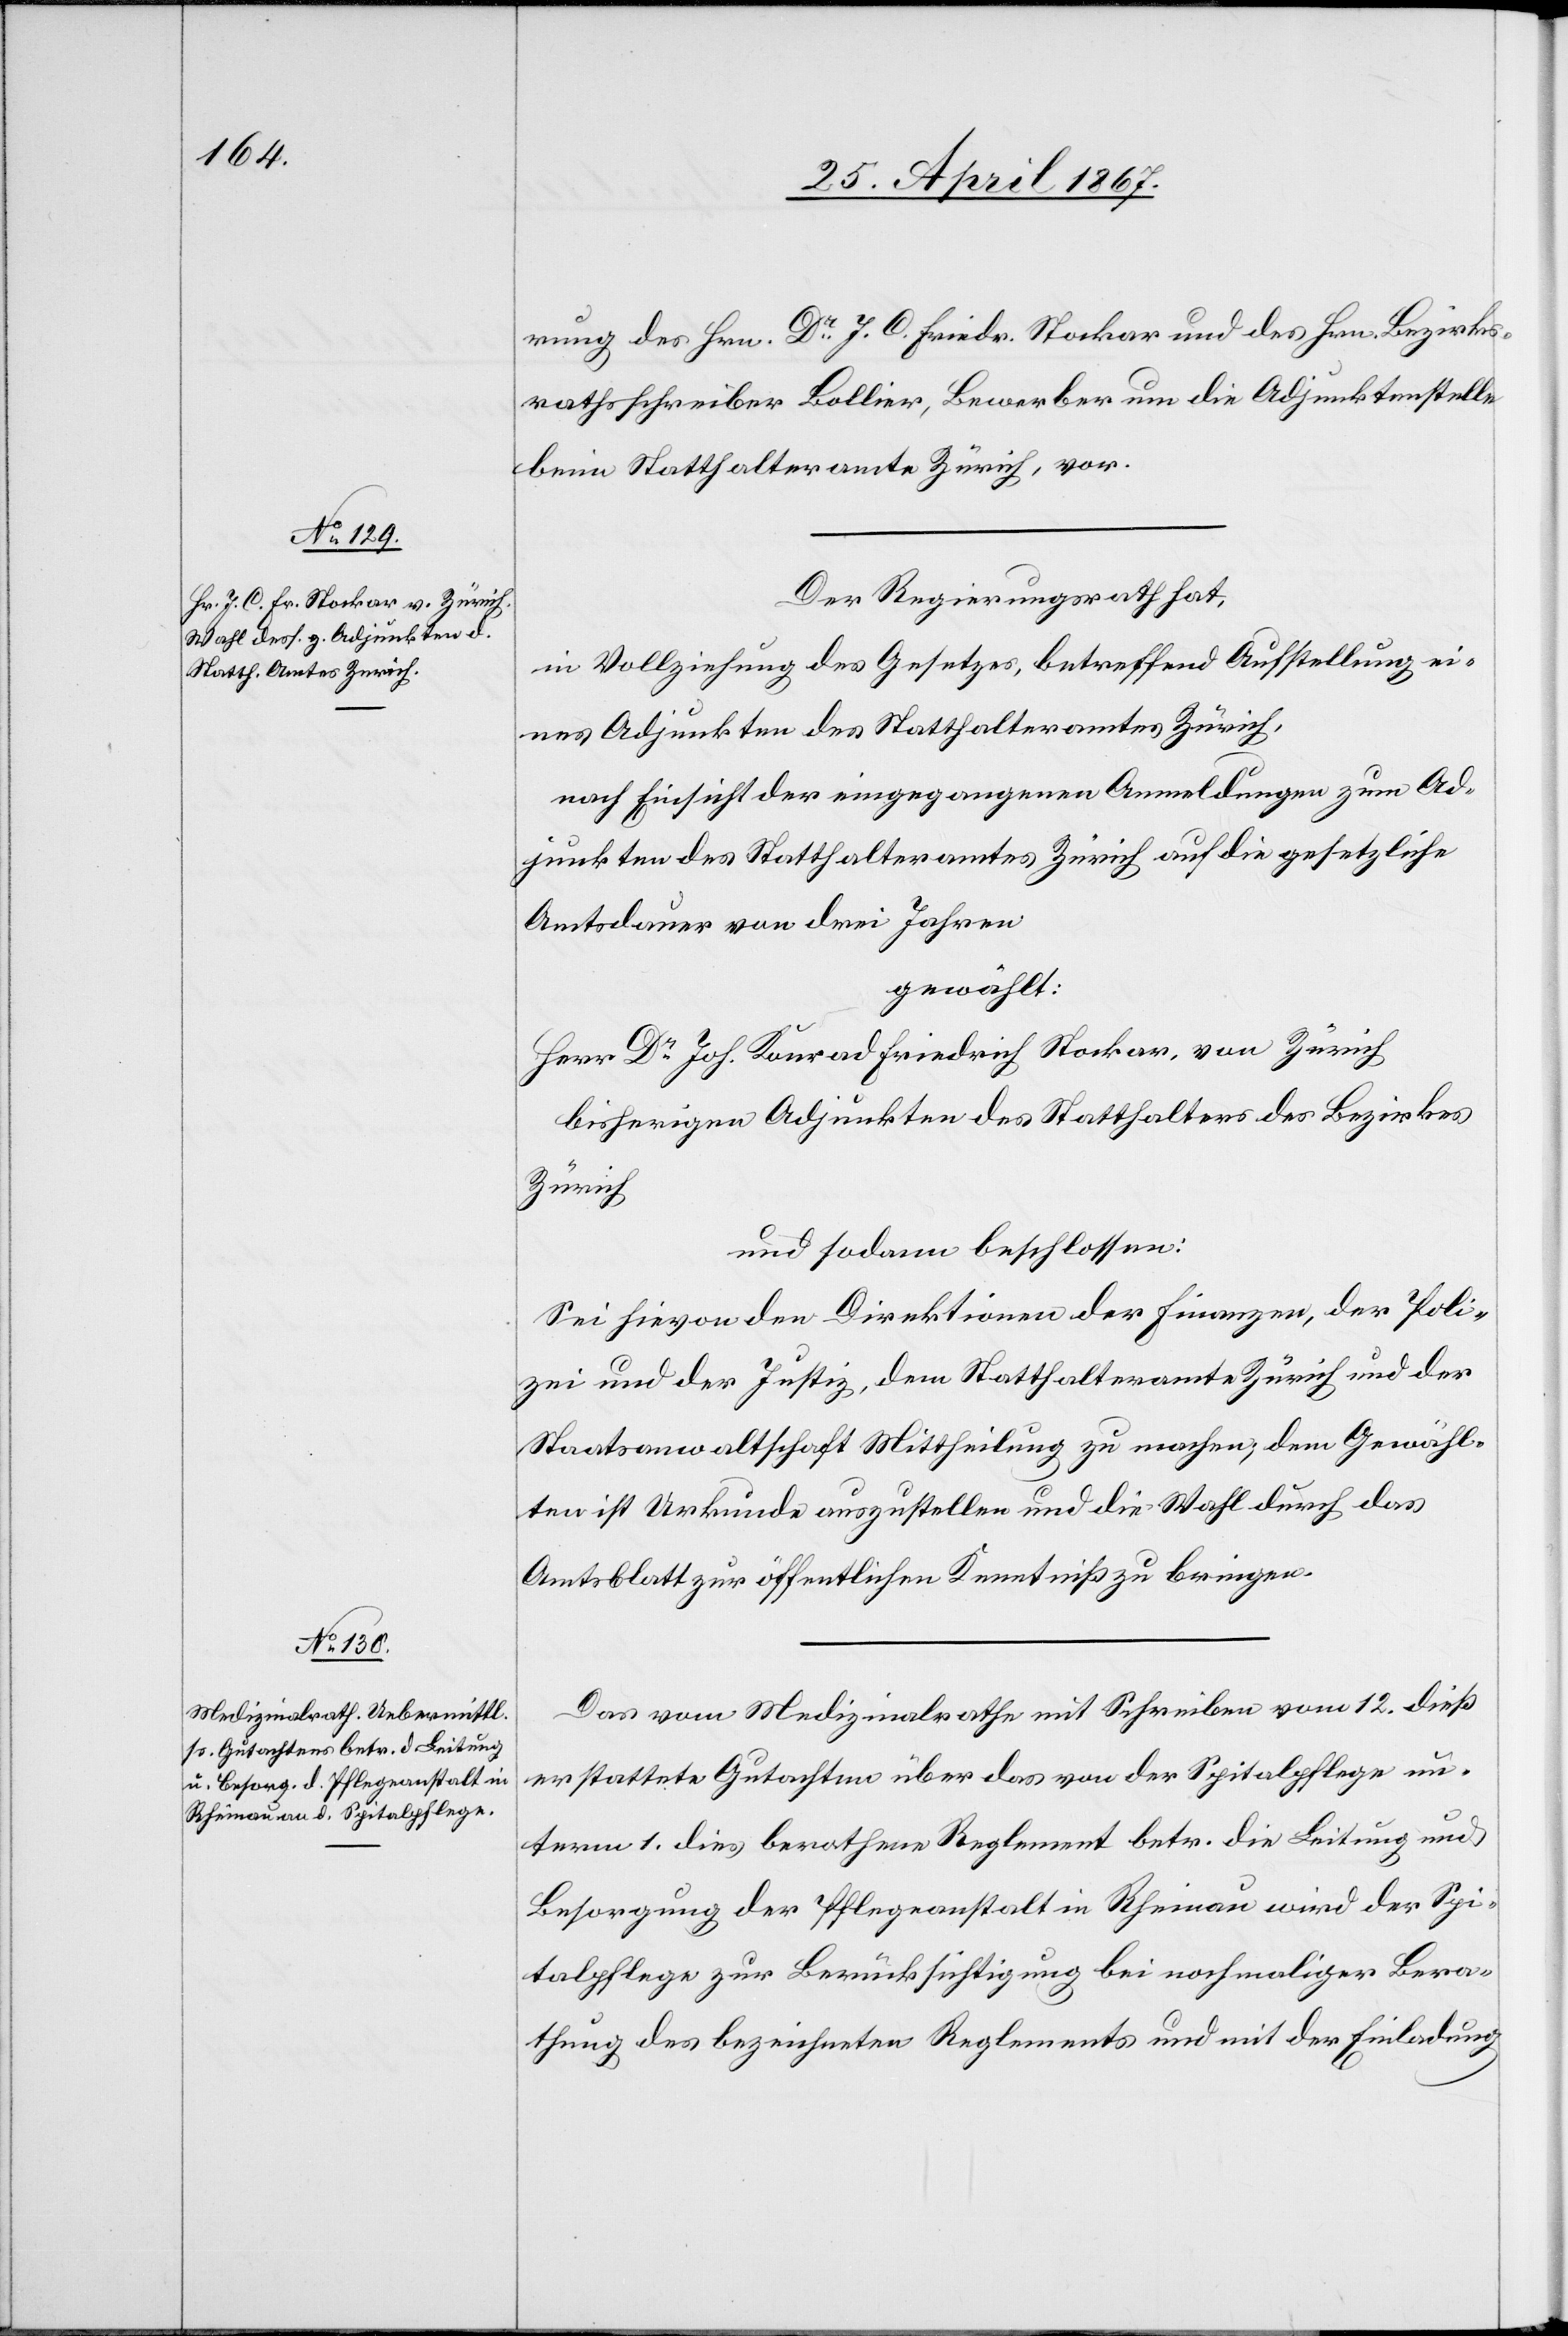
rung des Hrn. Dr. J. C. Friedr. Stockar und des Hrn. Bezirks¬
rathsschreiber Bollier, Bewerber um die Adjunktenstelle
beim Statthalteramt Zürich, vor.
Der Regierungsrath hat,
in Vollziehung des Gesetzes, betreffend Aufstellung ei¬
nes Adjunkten des Statthalteramtes Zürich,
nach Einsicht der eingegangenen Anmeldungen zum Ad¬
junkten des Statthalteramtes Zürich auf die gesetzliche
Amtsdauer von drei Jahren
gewählt:
Herr Dr. Joh. Konrad Friedrich Stockar, von Zürich
bisherigen Adjunkten des Statthalters des Bezirkes
Zürich
und sodann beschlossen:
Sei hievon den Direktionen der Finanzen, der Poli¬
zei und der Justiz, dem Statthalteramte Zürich und der
Staatsanwaltschaft Mittheilung zu machen, dem Gewähl¬
ten ist Urkunde auszustellen und die Wahl durch das
Amtsblatt zur öffentlichen Kenntniß zu bringen.
Das vom Medizinalrathe mit Schreiben vom 12. dieß
erstattete Gutachten über das von der Spitalpflege un¬
term 1. dies berathene Reglement betr. die Leitung und
Besorgung der Pflegeanstalt in Rheinau wird der Spi¬
talpflege zur Berücksichtigung bei nochmaliger Bera¬
thung des bezeichneten Reglements und mit der Einladung